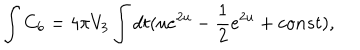
\int C _ { 6 } = 4 \pi V _ { 3 } \int d t ( u e ^ { 2 u } - { \frac { 1 } { 2 } } e ^ { 2 u } + c o n s t ) ,